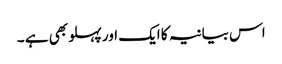
اس بیانیہ کا ایک اور پہلو بھی ہے ۔